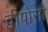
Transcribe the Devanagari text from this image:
द्वीपोसौ